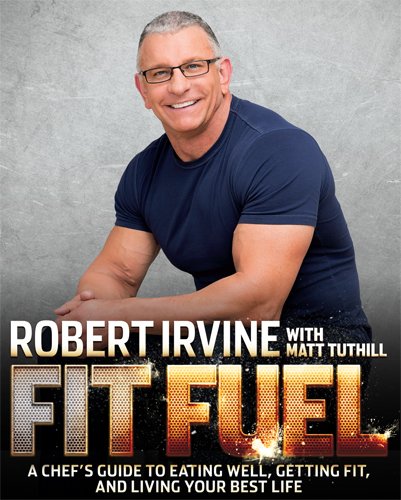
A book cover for Fit Fuel: A Chef's Guide to Eating Well, Getting Fit, and Living Your Best Life; Robert Irvine; Cookbooks, Food & Wine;